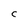
Character: C